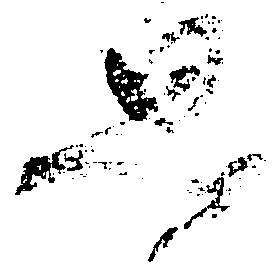
思